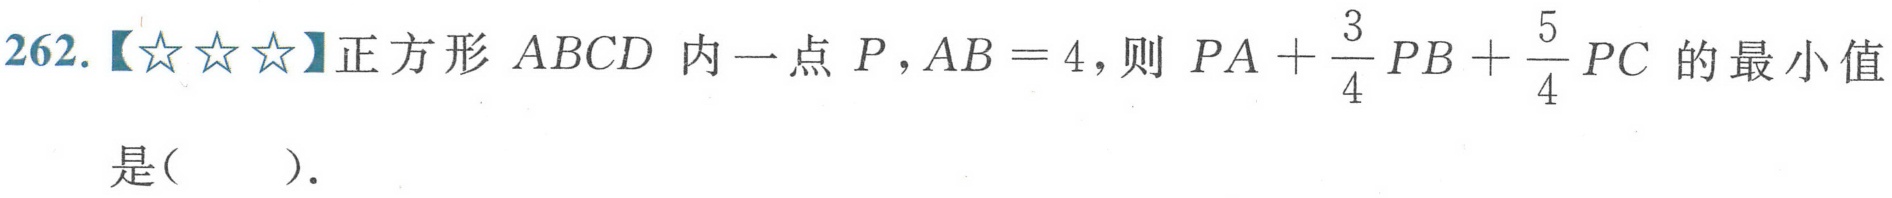
262.【☆☆☆】正方形 \(ABCD\) 内一点 \(P\), \(AB = 4\),则 \(PA+\frac{3}{4}PB+\frac{5}{4}PC\) 的最小值是(  ).